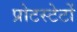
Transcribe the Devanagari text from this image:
प्रोटस्टेटों